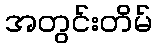
အတွင်းတိမ်